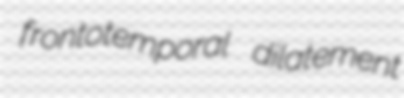
frontotemporal dilatement